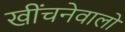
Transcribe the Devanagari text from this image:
खींचनेवालों